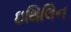
ઇથિલિન